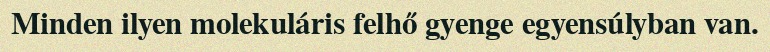
Minden ilyen molekuláris felhő gyenge egyensúlyban van.